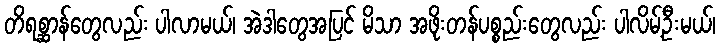
တိရစ္ဆာန်တွေလည်း ပါလာမယ်၊ အဲဒါတွေအပြင် မိသာ အဖိုးတန်ပစ္စည်းတွေလည်း ပါလိမ့်ဦးမယ်၊